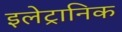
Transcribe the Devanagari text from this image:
इलेट्रानिक